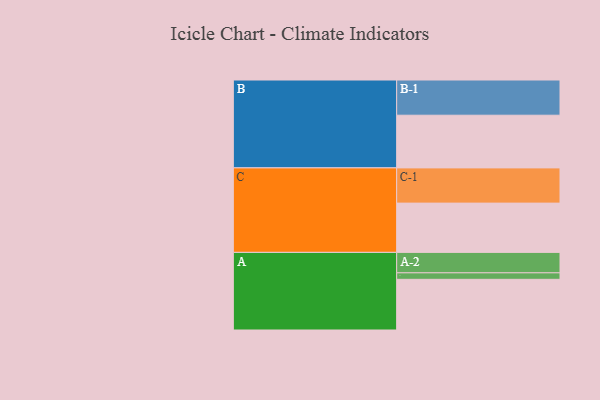
{"axis": {"x": "Segment", "y": "Value"}, "legend": ["", "A", "B", "C"], "data": [{"x": "A", "y": 429, "type": ""}, {"x": "B", "y": 446, "type": ""}, {"x": "C", "y": 417, "type": ""}, {"x": "A-1", "y": 55, "type": "A"}, {"x": "A-2", "y": 173, "type": "A"}, {"x": "B-1", "y": 298, "type": "B"}, {"x": "C-1", "y": 298, "type": "C"}]}